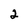
Character: 2